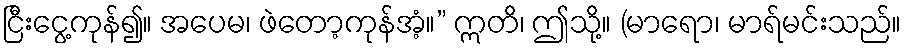
ငြီးငွေ့ကုန်၍။ အပေမ၊ ဖဲတော့ကုန်အံ့။” ဣတိ၊ ဤသို့။ (မာရော၊ မာရ်မင်းသည်။